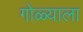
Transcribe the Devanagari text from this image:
गोळ्याला